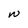
Character: W